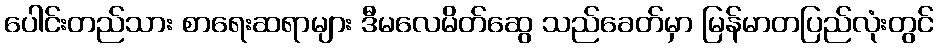
ပေါင်းတည်သား စာရေးဆရာများ ဒီမလေမိတ်ဆွေ သည်ခေတ်မှာ မြန်မာတပြည်လုံးတွင်